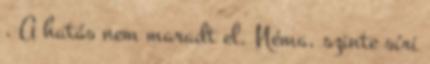
. A hatás nem maradt el. Néma, szinte síri